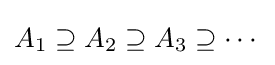
A_{1}\supseteq A_{2}\supseteq A_{3}\supseteq \cdots